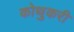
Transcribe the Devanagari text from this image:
कोथुकरी